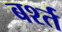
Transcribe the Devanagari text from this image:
बर्श्त